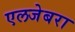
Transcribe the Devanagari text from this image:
एलजेबरा